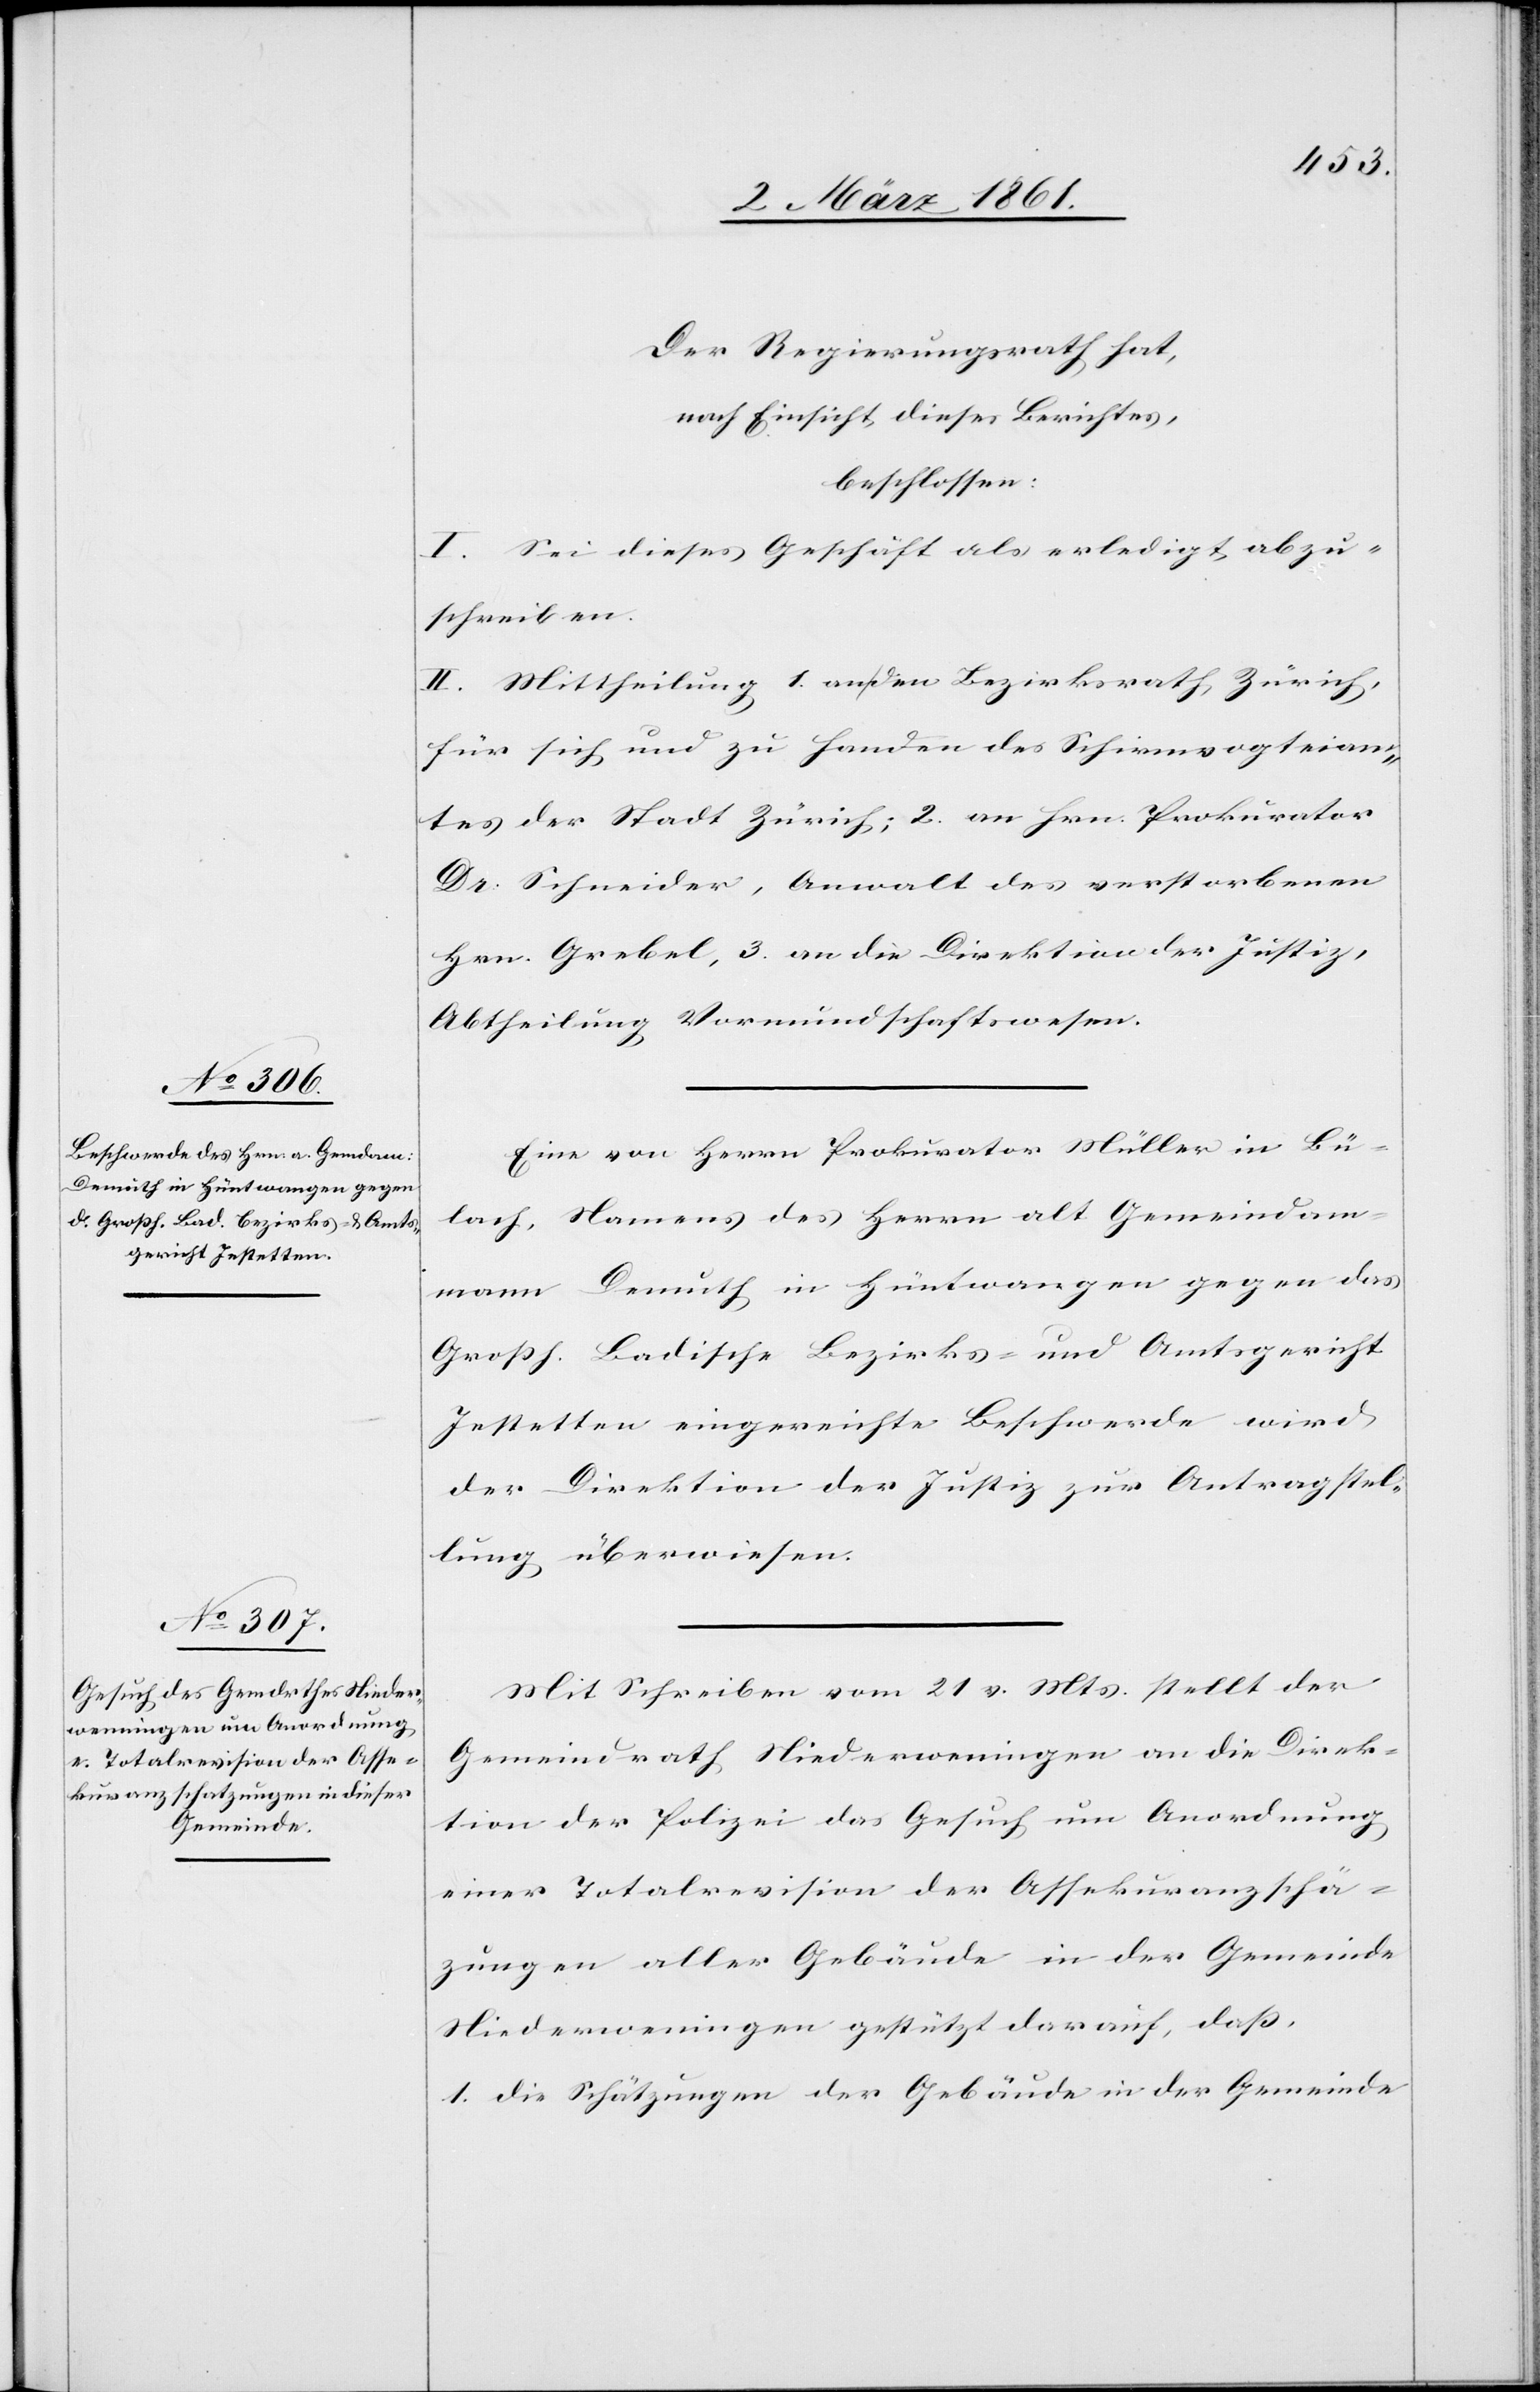
Der Regierungsrath hat,
nach Einsicht dieses Berichtes,
beschlossen:
I. Sei dieses Geschäft als erledigt abzu¬
schreiben.
II. Mittheilung 1. an den Bezirksrath Zürich,
für sich und zu Handen des Schirmvogteiam¬
tes der Stadt Zürich; 2. an Hrn. Prokurator
Dr. Schneider, Anwalt des verstorbenen
Hrn. Grebel, 3. an die Direktion der Justiz,
Abtheilung Vormundschaftswesen.
Eine von Herrn Prokurator Müller in Bü¬
lach, Namens des Herrn alt Gemeindam¬
mann Demuth in Hüntwangen gegen das
Grossh. Badische Bezirks- und Amtsgericht
Jestetten eingereichte Beschwerde wird
der Direktion der Justiz zur Antragstel¬
lung überwiesen.
Mit Schreiben vom 21. v. Mts. stellt der
Gemeindrath Niederweningen an die Direk¬
tion der Polizei das Gesuch um Anordnung
einer Totalrevision der Assekuranzschä¬
tzungen aller Gebäude in der Gemeinde
Niederweningen gestützt darauf, dass,
1. die Schatzungen der Gebäude in der Gemeinde